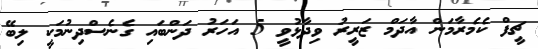
ޗީފް ކެމެރާމަން އާދަމް ޒަރީރު ވިދާޅުވީ 5 އަހަރު ދަންބައި ގެނެސްދިނުމަކީ ލިބޭ